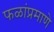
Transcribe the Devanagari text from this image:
फळांप्रमाणे